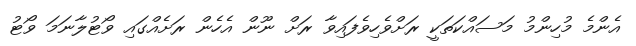
އެންމެ މުހިންމު މަސައްކަތަކީ ރަށްވެހިވެފައިވާ ރަށް ނޫން އެހެން ރަށެއްގައި ވޯޓުލާނަމަ ވޯޓު